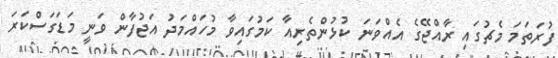
ފުރަތަމަ މެޗުގައި ރާއްޖޭގެ އެއްވަނަ ކުޅުންތެރިއާ ކަމުގައިވާ މުހައްމަދު އަޖުފާން ވަނީ މަޑަގަސްކަރަ